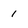
Character: 1